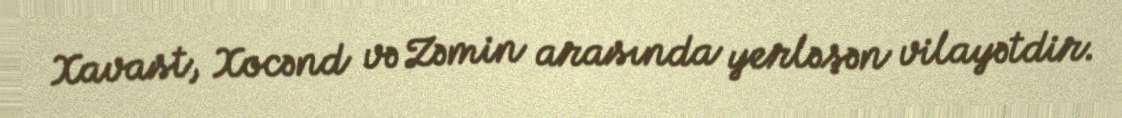
Xavast, Xocənd və Zəmin arasında yerləşən vilayətdir.